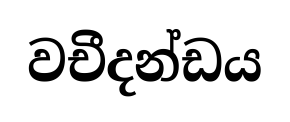
වචීදන්ඩය